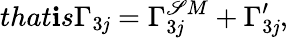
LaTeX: that\mathbf{i}s\Gamma_{3\mathit{j}}=\Gamma_{3\mathit{j}}^{\mathscr{S}M}+\Gamma_{3\mathit{j}}^{\prime},